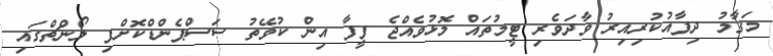
މަގާމު ދިފާއުކުރިއިރު ވާދަވެރި ޓީމުތައް މޮޅުވެއްޖެ ފީފާ އިން ކުވޭތު ސަސްޕެންޑްކޮށްފި ލޯންޗްގައި